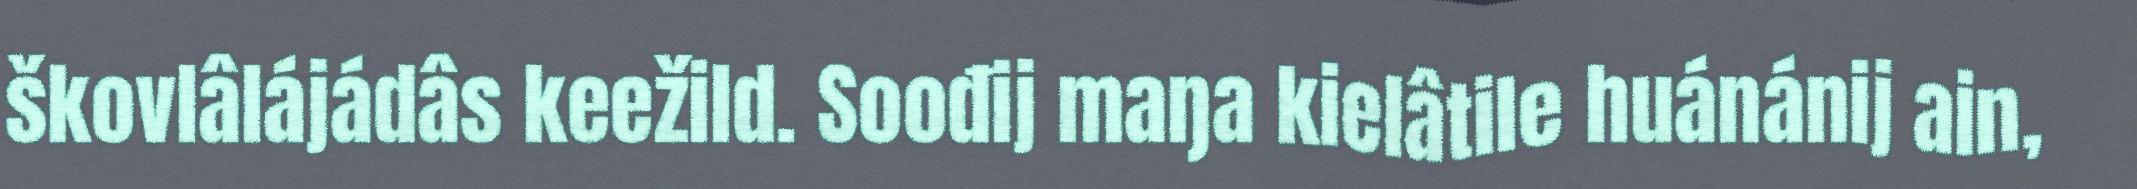
škovlâlájádâs keežild. Soođij maŋa kielâtile huánánij ain,